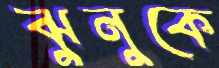
ঝুনুকে